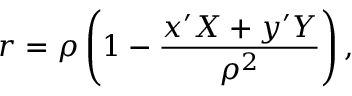
{ r } = \rho \left( 1 - \frac { x ^ { \prime } X + y ^ { \prime } Y } { \rho ^ { 2 } } \right) ,